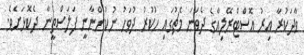
ވާދަކުރާ އިރު އޮސްޓްރޭލިއާގެ ދެވަނަ މެޗުގައި ހުކުރު ދުވަހު ނުކުންނާނީ ފަލަސްތީނާ ދެކޮޅަށެވެ.